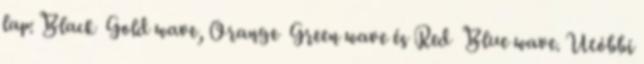
lap: Black Gold wave, Orange Green wave és Red Blue wave. Utóbbi